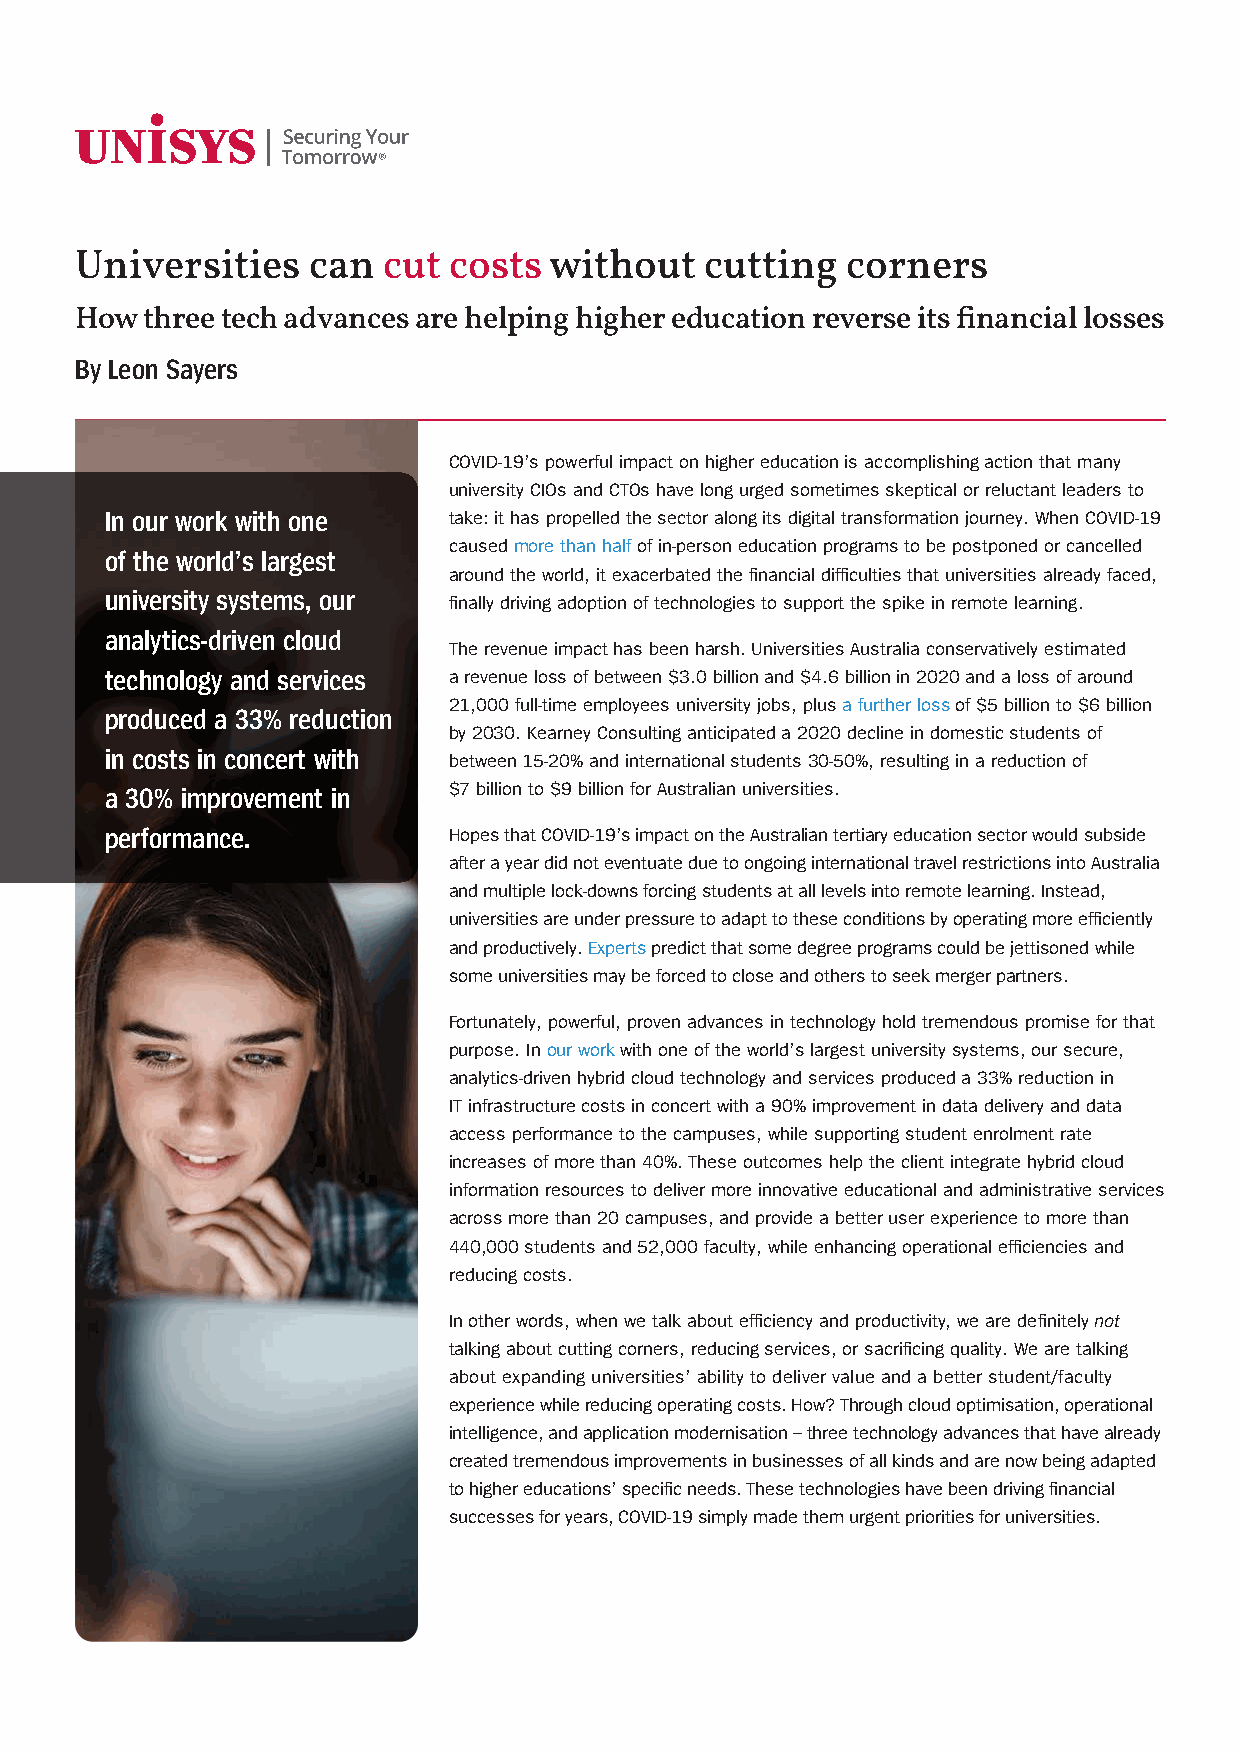
Universities   can  cut  costs without    cutting  corners
 How  three tech advances are helping higher education reverse its financial losses
 By Leon Sayers
 COVID-19’s powerful impact on higher education is accomplishing action that many
 university CIOs and CTOs have long urged sometimes skeptical or reluctant leaders to
 In our work with one   take: it has propelled the sector along its digital transformation journey. When COVID-19
 caused more than half of in-person education programs to be postponed or cancelled
 of the world’s largest
 around the world, it exacerbated the financial difficulties that universities already faced,
 university systems, our
 finally driving adoption of technologies to support the spike in remote learning.
 analytics-driven cloud
 The revenue impact has been harsh. Universities Australia conservatively estimated
 technology and services a revenue loss of between $3.0 billion and $4.6 billion in 2020 and a loss of around
 21,000 full-time employees university jobs, plus a further loss of $5 billion to $6 billion
 produced a 33% reduction
 by 2030. Kearney Consulting anticipated a 2020 decline in domestic students of
 in costs in concert with
 between 15-20% and international students 30-50%, resulting in a reduction of
 a 30% improvement in   $7 billion to $9 billion for Australian universities.
 performance.           Hopes that COVID-19’s impact on the Australian tertiary education sector would subside
 after a year did not eventuate due to ongoing international travel restrictions into Australia
 and multiple lock-downs forcing students at all levels into remote learning. Instead,
 universities are under pressure to adapt to these conditions by operating more efficiently
 and productively. Experts predict that some degree programs could be jettisoned while
 some universities may be forced to close and others to seek merger partners.
 Fortunately, powerful, proven advances in technology hold tremendous promise for that
 purpose. In our work with one of the world’s largest university systems, our secure,
 analytics-driven hybrid cloud technology and services produced a 33% reduction in
 IT infrastructure costs in concert with a 90% improvement in data delivery and data
 access performance to the campuses, while supporting student enrolment rate
 increases of more than 40%. These outcomes help the client integrate hybrid cloud
 information resources to deliver more innovative educational and administrative services
 across more than 20 campuses, and provide a better user experience to more than
 440,000 students and 52,000 faculty, while enhancing operational efficiencies and
 reducing costs.
 In other words, when we talk about efficiency and productivity, we are definitely not
 talking about cutting corners, reducing services, or sacrificing quality. We are talking
 about expanding universities’ ability to deliver value and a better student/faculty
 experience while reducing operating costs. How? Through cloud optimisation, operational
 intelligence, and application modernisation – three technology advances that have already
 created tremendous improvements in businesses of all kinds and are now being adapted
 to higher educations’ specific needs. These technologies have been driving financial
 successes for years, COVID-19 simply made them urgent priorities for universities.